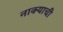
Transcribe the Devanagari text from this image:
नाक्याची